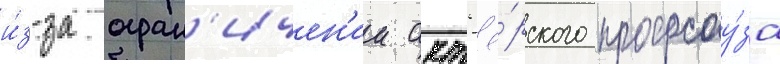
и́з-за огран'ичен'ии акт'ё́рского профсоу́за